Civil Veterinary Department Bengal reports 1923-33 - 1923-1933
Year: 1923
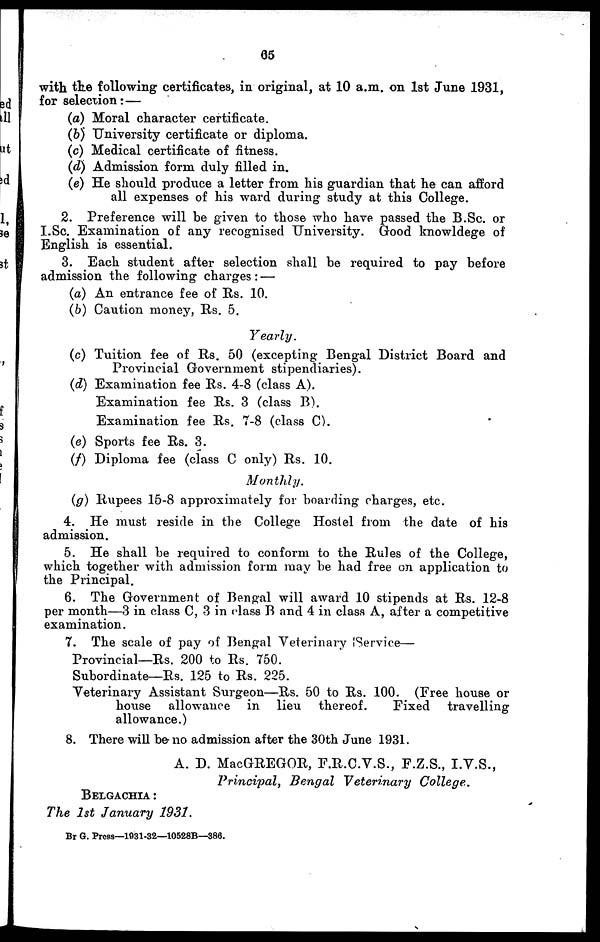
65
with the following certificates, in original, at 10 a.m. on 1st June 1931,
for selection: —
(a) Moral character certificate.
(b) University certificate or diploma.
(c) Medical certificate of fitness.
(d) Admission form duly filled in.
(e) He should produce a letter from his guardian that he can afford
all expenses of his ward during study at this College.
2. Preference will be given to those who have passed the B.Sc. or
I.Sc. Examination of any recognised University. Good knowldege of
English is essential.
3. Each student after selection shall be required to pay before
admission the following charges: —
(a) An entrance fee of Its. 10.
(6) Caution money, Rs. 5.
Yearly.
(c) Tuition fee of Rs. 50 (excepting Bengal District Board and
Provincial Government stipendiaries).
(d) Examination fee Rs. 4-8 (class A).
Examination fee Rs. 3 (class B).
Examination fee Rs. 7-8 (class C).
(e) Sports fee Rs. 3.
(f) Diploma fee (class C only) Rs. 10.
Monthly.
(g) Rupees 15-8 approximately for boarding charges, etc.
4. He must reside in the College Hostel from the date of his
admission.
5. He shall be required to conform to the Rules of the College,
which together with admission form may be had free on application to
the Principal.
6. The Government of Bengal will award 10 stipends at Rs. 12-8
per month—3 in class C, 3 in class B and 4 in class A, after a competitive
examination.
7. The scale of pay of Bengal Veterinary Service—
Provincial—Rs. 200 to Rs. 750.
Subordinate—Rs. 125 to Rs. 225.
Veterinary Assistant. Surgeon—Rs. 50 to Rs. 100. (Free house or
house allowance in lieu thereof.
Fixed
travelling
allowance.)
8. There will be no admission after the 30th June 1931.
A. D. MAGREGOR, F.R.C.V.S., F.Z.S., I.V.S.,
Principal, Bengal Veterinary
College.
Belgachia:
The 1st January 1931.
Br G. Press— 1931-32—10528B—386.